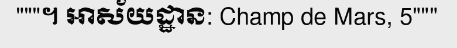
"""។ អាស័យដ្ឋាន: Champ de Mars, 5"""